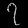
Digit: ၇